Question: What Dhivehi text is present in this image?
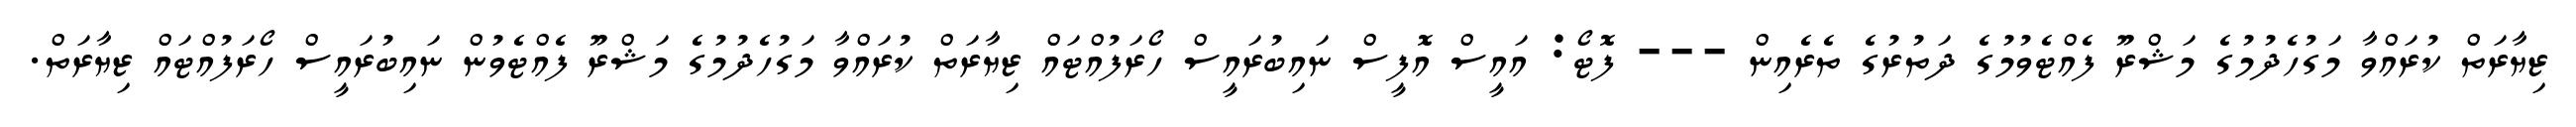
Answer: ޒިޔާރަތް ކުރައްވާ މަގުހެދުމުގެ މަޝްރޫ ފެއްޓެވުމުގެ ދަތުރުގެ ތެރެއިން --- ފޮޓޯ: އައީސް އޮފީސް ނައިބުރައީސް ހޯރަފުއްޓައް ޒިޔާރަތް ކުރައްވާ މަގުހެދުމުގެ މަޝްރޫ ފެއްޓެވުން ނައިބުރައީސް ހޯރަފުއްޓައް ޒިޔާރަތް.